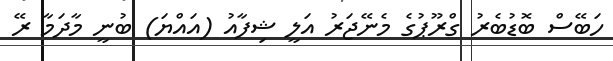
ހަބޭސް ބޮޑުބެރު ގްރޫޕުގެ މެނޭޖަރު އަލީ ޝިފާއު (އައްޔަ) ބުނީ މާދަމާ ރޭ